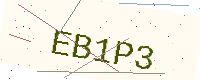
Text: EB1P3